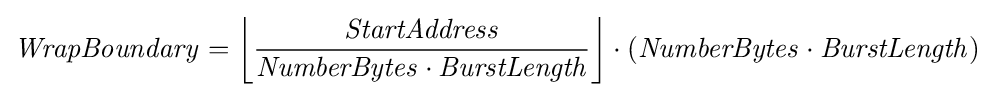
{\mathit {WrapBoundary}}=\left\lfloor {\frac {\mathit {StartAddress}}{{\mathit {NumberBytes}}\cdot {\mathit {BurstLength}}}}\right\rfloor \cdot ({\mathit {NumberBytes}}\cdot {\mathit {BurstLength}})